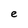
Character: e